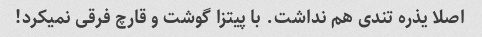
اصلا یذره تندی هم نداشت. با پیتزا گوشت و قارچ فرقی نمیکرد!